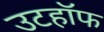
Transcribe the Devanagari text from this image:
उटहॉफ